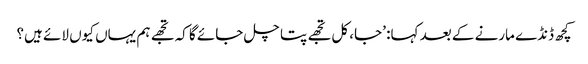
کچھ ڈنڈے مارنے کے بعد کہا: ’جا، کل تجھے پتا چل جائے گا کہ تجھے ہم یہاں کیوں لائے ہیں؟